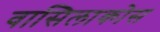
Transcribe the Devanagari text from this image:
वासिलाकोस